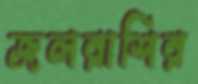
জলরাশির